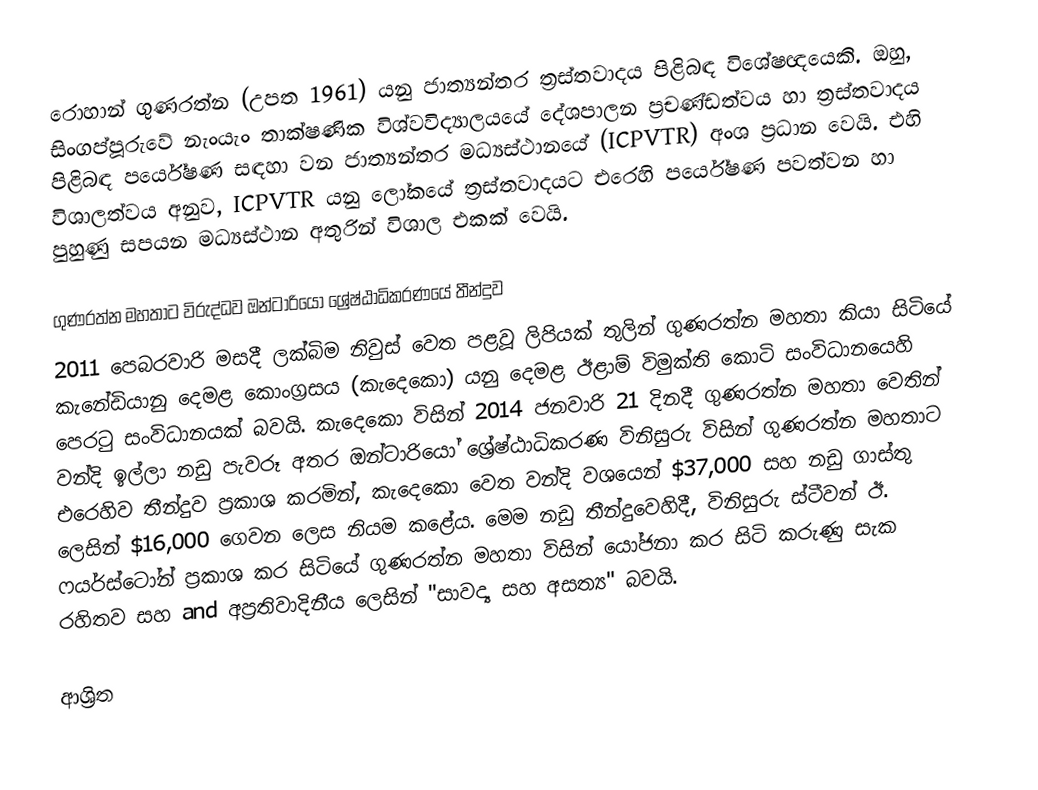
රොහාන් ගුණරත්න (උපත 1961) යනු ජාත්‍යන්තර ත්‍රස්තවාදය පිළිබඳ විශේෂඥයෙකි. ඔහු,  සිංගප්පූරුවේ  නැංයැං තාක්ෂණික විශ්වවිද්‍යාලයයේ දේශපාලන ප්‍රචණ්ඩත්වය හා ත්‍රස්තවාදය පිළිබඳ පර්යේෂණ සඳහා වන ජාත්‍යන්තර මධ්‍යස්ථානයේ (ICPVTR) අංශ ප්‍රධාන වෙයි. එහි විශාලත්වය අනුව, ICPVTR යනු ලෝකයේ ත්‍රස්තවාදයට එරෙහි පර්යේෂණ පවත්වන හා පුහුණු සපයන මධ්‍යස්ථාන අතුරින් විශාල  එකක් වෙයි.

ගුණරත්න මහතාට විරුද්ධව ඔන්ටාරියෝ ශ්‍රේෂ්ඨාධිකරණයේ තීන්දුව
2011 පෙබරවාරි මසදී  ලක්බිම නිවුස් වෙත පළවූ ලිපියක් තුලින් ගුණරත්න මහතා කියා සිටියේ කැනේඩියානු දෙමළ කොංග්‍රසය (කැදෙකො) යනු දෙමළ ඊළාම් විමුක්ති කොටි සංවිධානයෙහි පෙරටු සංවිධානයක් බවයි. කැදෙකො විසින් 2014 ජනවාරි 21 දිනදී ගුණරත්න මහතා වෙතින් වන්දි ඉල්ලා නඩු පැවරූ අතර ඔන්ටාරියෝ ශ්‍රේෂ්ඨාධිකරණ විනිසුරු විසින් ගුණරත්න මහතාට එරෙහිව තීන්දුව ප්‍රකාශ කරමින්, කැදෙකො වෙත  වන්දි වශයෙන් $37,000 සහ නඩු ගාස්තු ලෙසින්  $16,000 ගෙවන ලෙස නියම කළේය. මෙම නඩු තීන්දුවෙහිදී, විනිසුරු ස්ටීවන් ඊ. ෆයර්ස්ටෝන් ප්‍රකාශ කර සිටියේ ගුණරත්න මහතා විසින් යෝජනා කර සිටි කරුණු  සැක රහිතව සහ and අප්‍රතිවාදිනීය ලෙසින් "සාවද්‍ය සහ අසත්‍ය" බවයි.

ආශ්‍රිත